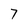
Character: 7